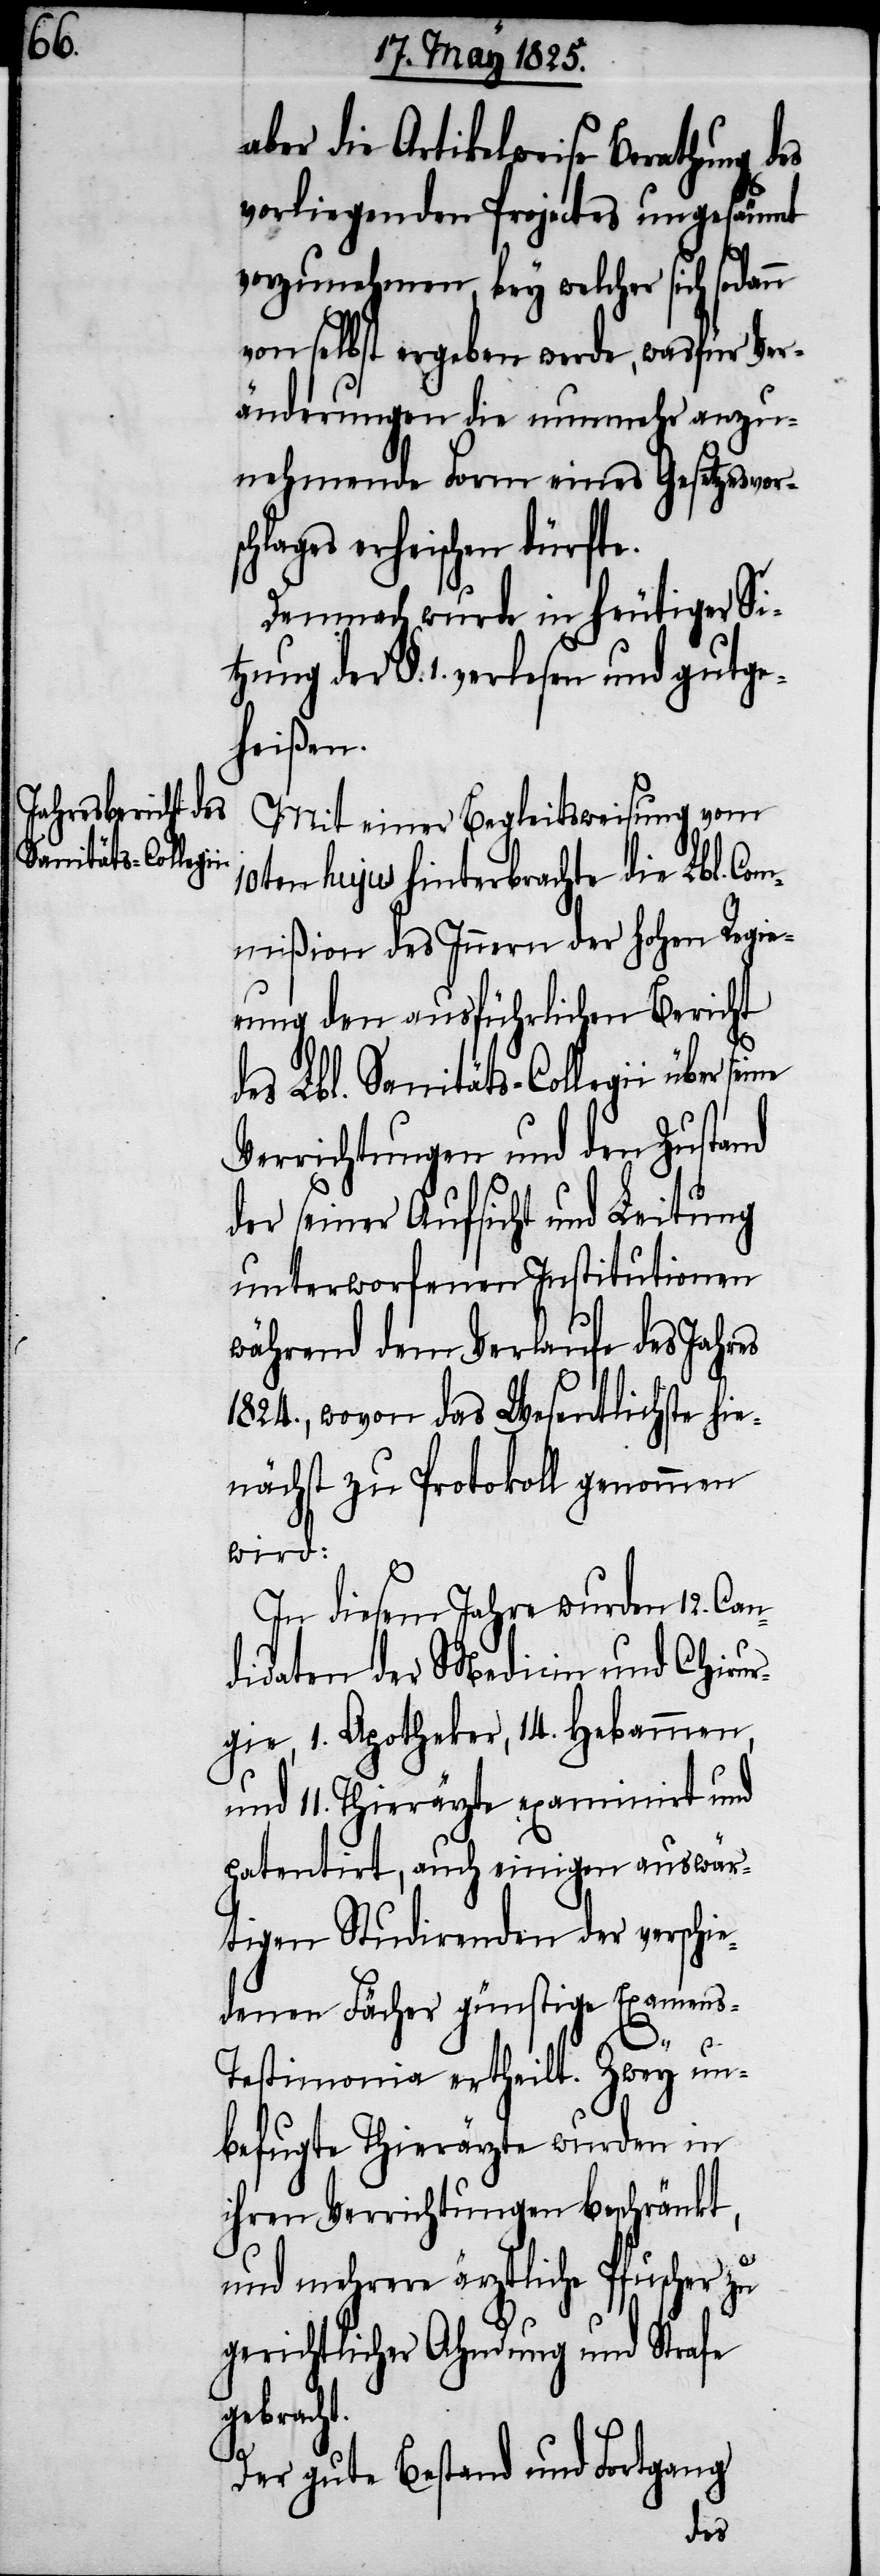
t.

aber die Artikelweise Berathung
vorliegenden Projectes ungesäumt
vorzunehmen, bey welcher sich sodann
von selbst ergeben werde, was für Ver¬
änderungen die nunmehr anzu¬
nehmende Form eines Gesetzesvor¬
lages erheischen dürft¬
Demnach wurde in heutiger Si¬
tzung der §. 1. verlesen und gutge¬
heißen.
Mit einer Begleitsweisung vom
10ten hujus hinterbrachte die Lbl. Com¬
mißion des Innern der Hohen Regie¬
rung den ausführlichen Bericht
des Lbl. Sanitäts-Collegii über
Verrichtungen und den Zustand
der seiner Aufsicht und Leitung
unterworfenen Institutionen
während dem Verlaufe des Jahres
1824., wovon das Wesentlichste hie¬
nächst zu Protokoll genommen
wird:
In diesem Jahre wurden 12. Can¬
didaten der Medicin und Chirur¬
gie, 1. Apotheker, 14. Hebammen,
und 11. Thierärzte examinirt und
patentirt, auch einigen auswär¬
tigen Studirenden der verschie¬
denen Fächer günstige Examen¬
s-Testimonia ertheilt. Zwey un¬
befugte Thierärzte wurde in
ihren Verrichtungen beschränkt,
und mehrere ärztliche Pfuscher zu
gerichtlicher Ahndung und Strafe
gebrach¬
Der gute Bestand und Fortgang
des